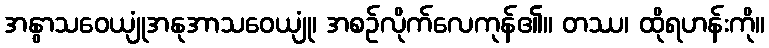
အနွာသဝေယျုံအနုအာသဝေယျုံ၊ အစဉ်လိုက်လေကုန်၏။ တဿ၊ ထိုရဟန်းကို။